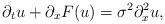
LaTeX: \begin{align*}\quad\partial_t u+\partial_xF(u)=\sigma^2 \partial^2_x u,\end{align*}